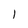
Character: l